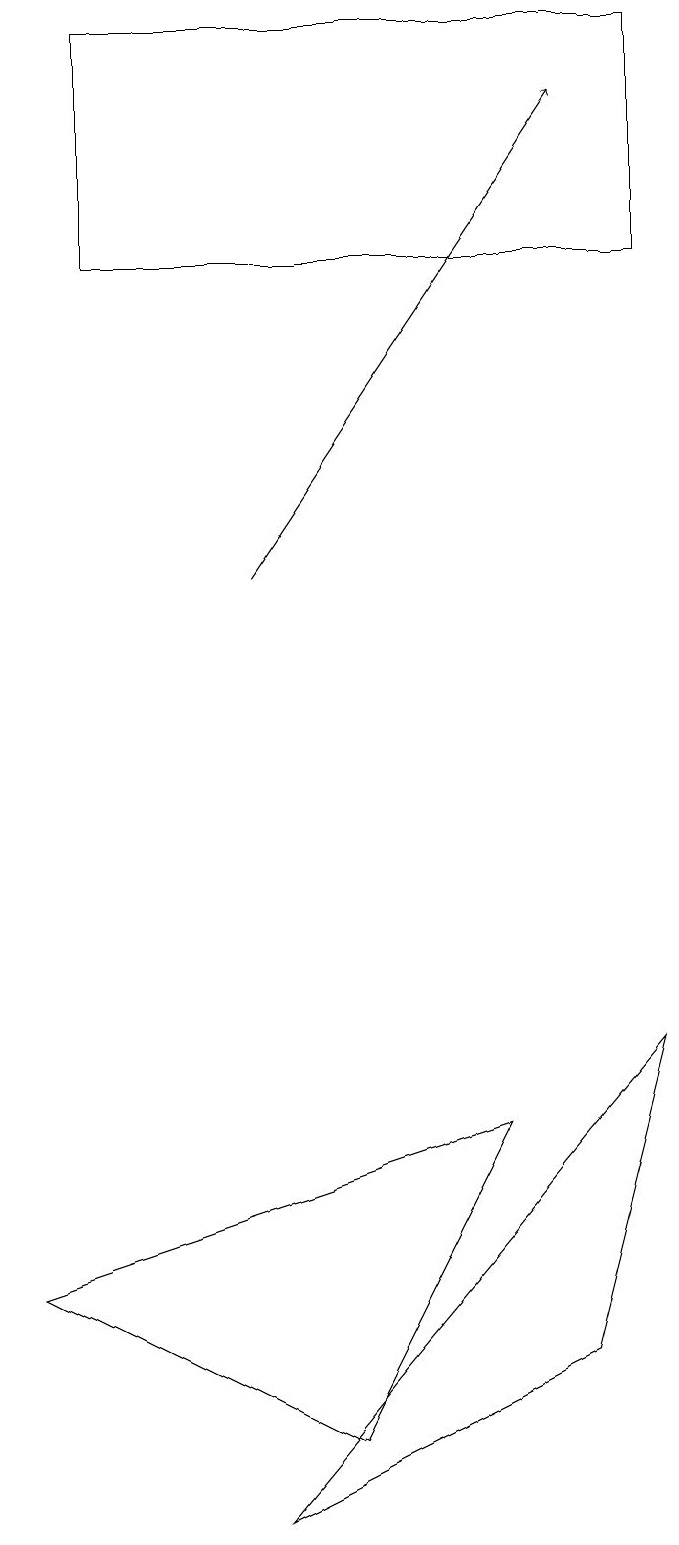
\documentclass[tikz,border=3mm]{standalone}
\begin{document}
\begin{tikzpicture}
\draw (1,3) -- (5,1) -- (7,5) -- cycle;
\draw[->] (4,12) -- (8,18);
\draw (9,6) -- (4,0) -- (8,2) -- cycle;
\draw (2,19) rectangle (9,16);
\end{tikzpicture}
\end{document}